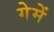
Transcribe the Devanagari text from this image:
गेमें